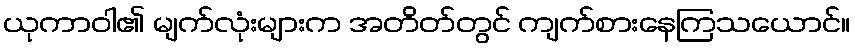
ယုကာဝါ၏ မျက်လုံးများက အတိတ်တွင် ကျက်စားနေကြသယောင်။